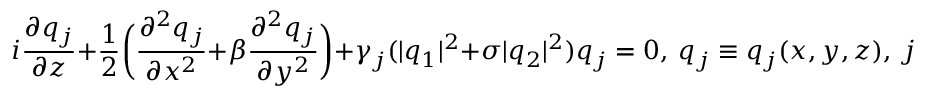
i \frac { \partial q _ { j } } { \partial z } + \frac { 1 } { 2 } \bigg ( \frac { \partial ^ { 2 } q _ { j } } { \partial x ^ { 2 } } + \beta \frac { \partial ^ { 2 } q _ { j } } { \partial y ^ { 2 } } \bigg ) + \gamma _ { j } ( \lvert q _ { 1 } \rvert ^ { 2 } + \sigma \lvert q _ { 2 } \rvert ^ { 2 } ) q _ { j } = 0 , ~ q _ { j } \equiv q _ { j } ( x , y , z ) , ~ j = 1 , 2 .